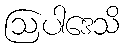
ဩပါဒေသိ